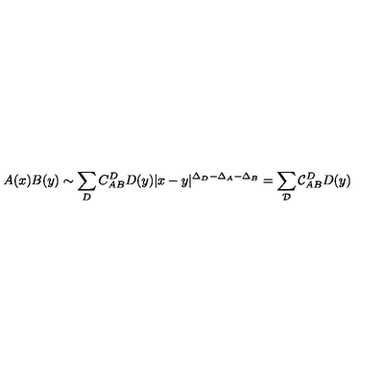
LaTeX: A ( x ) B ( y ) \sim \sum _ { D } C _ { A B } ^ { D } D ( y ) | x - y | ^ { \Delta _ { D } - \Delta _ { A } - \Delta _ { B } } = \sum _ { { \mathcal { D } } } { \mathcal { C } } _ { A B } ^ { D } D ( y )